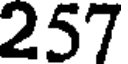
257